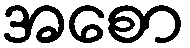
အစော